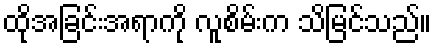
ထိုအခြင်းအရာကို လူစိမ်းက သိမြင်သည်။